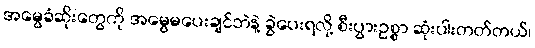
အမွေခံဆိုးတွေကို အမွေမပေးချင်ဘဲနဲ့ ခွဲပေးရလို့ စီးပွားဥစ္စာ ဆုံးပါးတတ်တယ်၊